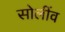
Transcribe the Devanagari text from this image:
सोलींव